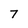
Character: 7